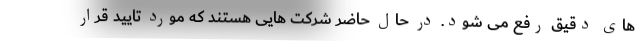
های دقیق رفع می شود. در حال حاضر شرکت هایی هستند که مورد تایید قرار